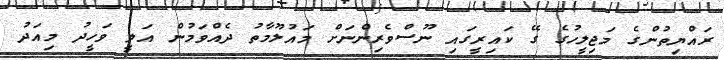
ރައްޔިތުންގެ މަޖިލީހުގެ ގޭ ކައިރީގައި ނޫސްވެރިންނަށް މައުލޫމާތު ދެއްވަމުން އަލީ ވަހީދު މިއަދު